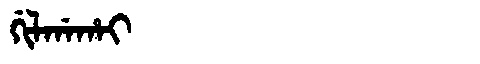
Manchu: ᡤᡳᠯᡤᠠᡥᠠᡳ
Romanization: GILGAHAI